Civil Veterinary Department. Madras. Admin. report 1926-33 - 1926-1933
Year: 1926
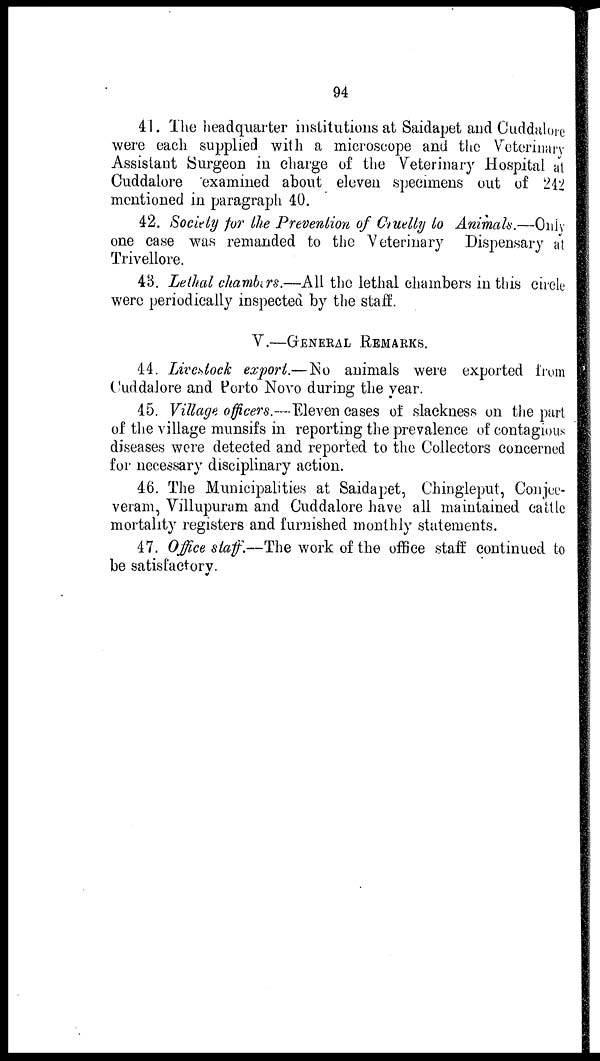
94
41. The headquarter institutions at Saidapet and Cuddalore
were each supplied with a microscope and the Veterinary
Assistant Surgeon in charge of the Veterinary Hospital at
Cuddalore "examined about eleven specimens out of 242
mentioned in paragraph 10.
42. Society for the Prevention of Cruelty to Animals.—Only
one case was remanded to the Veterinary Dispensary at
Trivellore.
43. Lethal chambers.—All the lethal chambers in this circle
were periodically inspected by the staff.
V.—GENERAL REMARKS.
44. Livestock export.—No animals were exported from
Cuddalore and Porto Novo during the year.
45. Village officers.—Eleven cases of slackness on the part
of the village munsifs in reporting the prevalence of contagious
diseases were detected and reported to the Collectors concerned
for necessary disciplinary action.
46. The Municipalities at Saidapet, Chingleput, Conjee-
veram, Villupuram and Cuddalore have all maintained cattle
mortality registers and furnished monthly statements.
47. Office staff.—The work of the office staff continued to
be satisfactory.